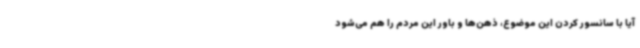
آیا با سانسور کردن این موضوع، ذهن‌ها و باور این مردم را هم می‌شود